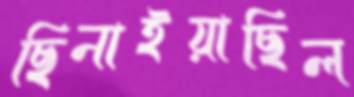
ছিনাইয়াছিল